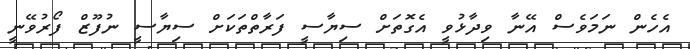
އެހެން ނަމަވެސް އޭނާ ވިދާޅުވީ އެގޮތަށް ސިޔާސީ ފަރާތްތަކަށް ސިޔާސީ ނުފޫޒް ފޯރުވޭނީ